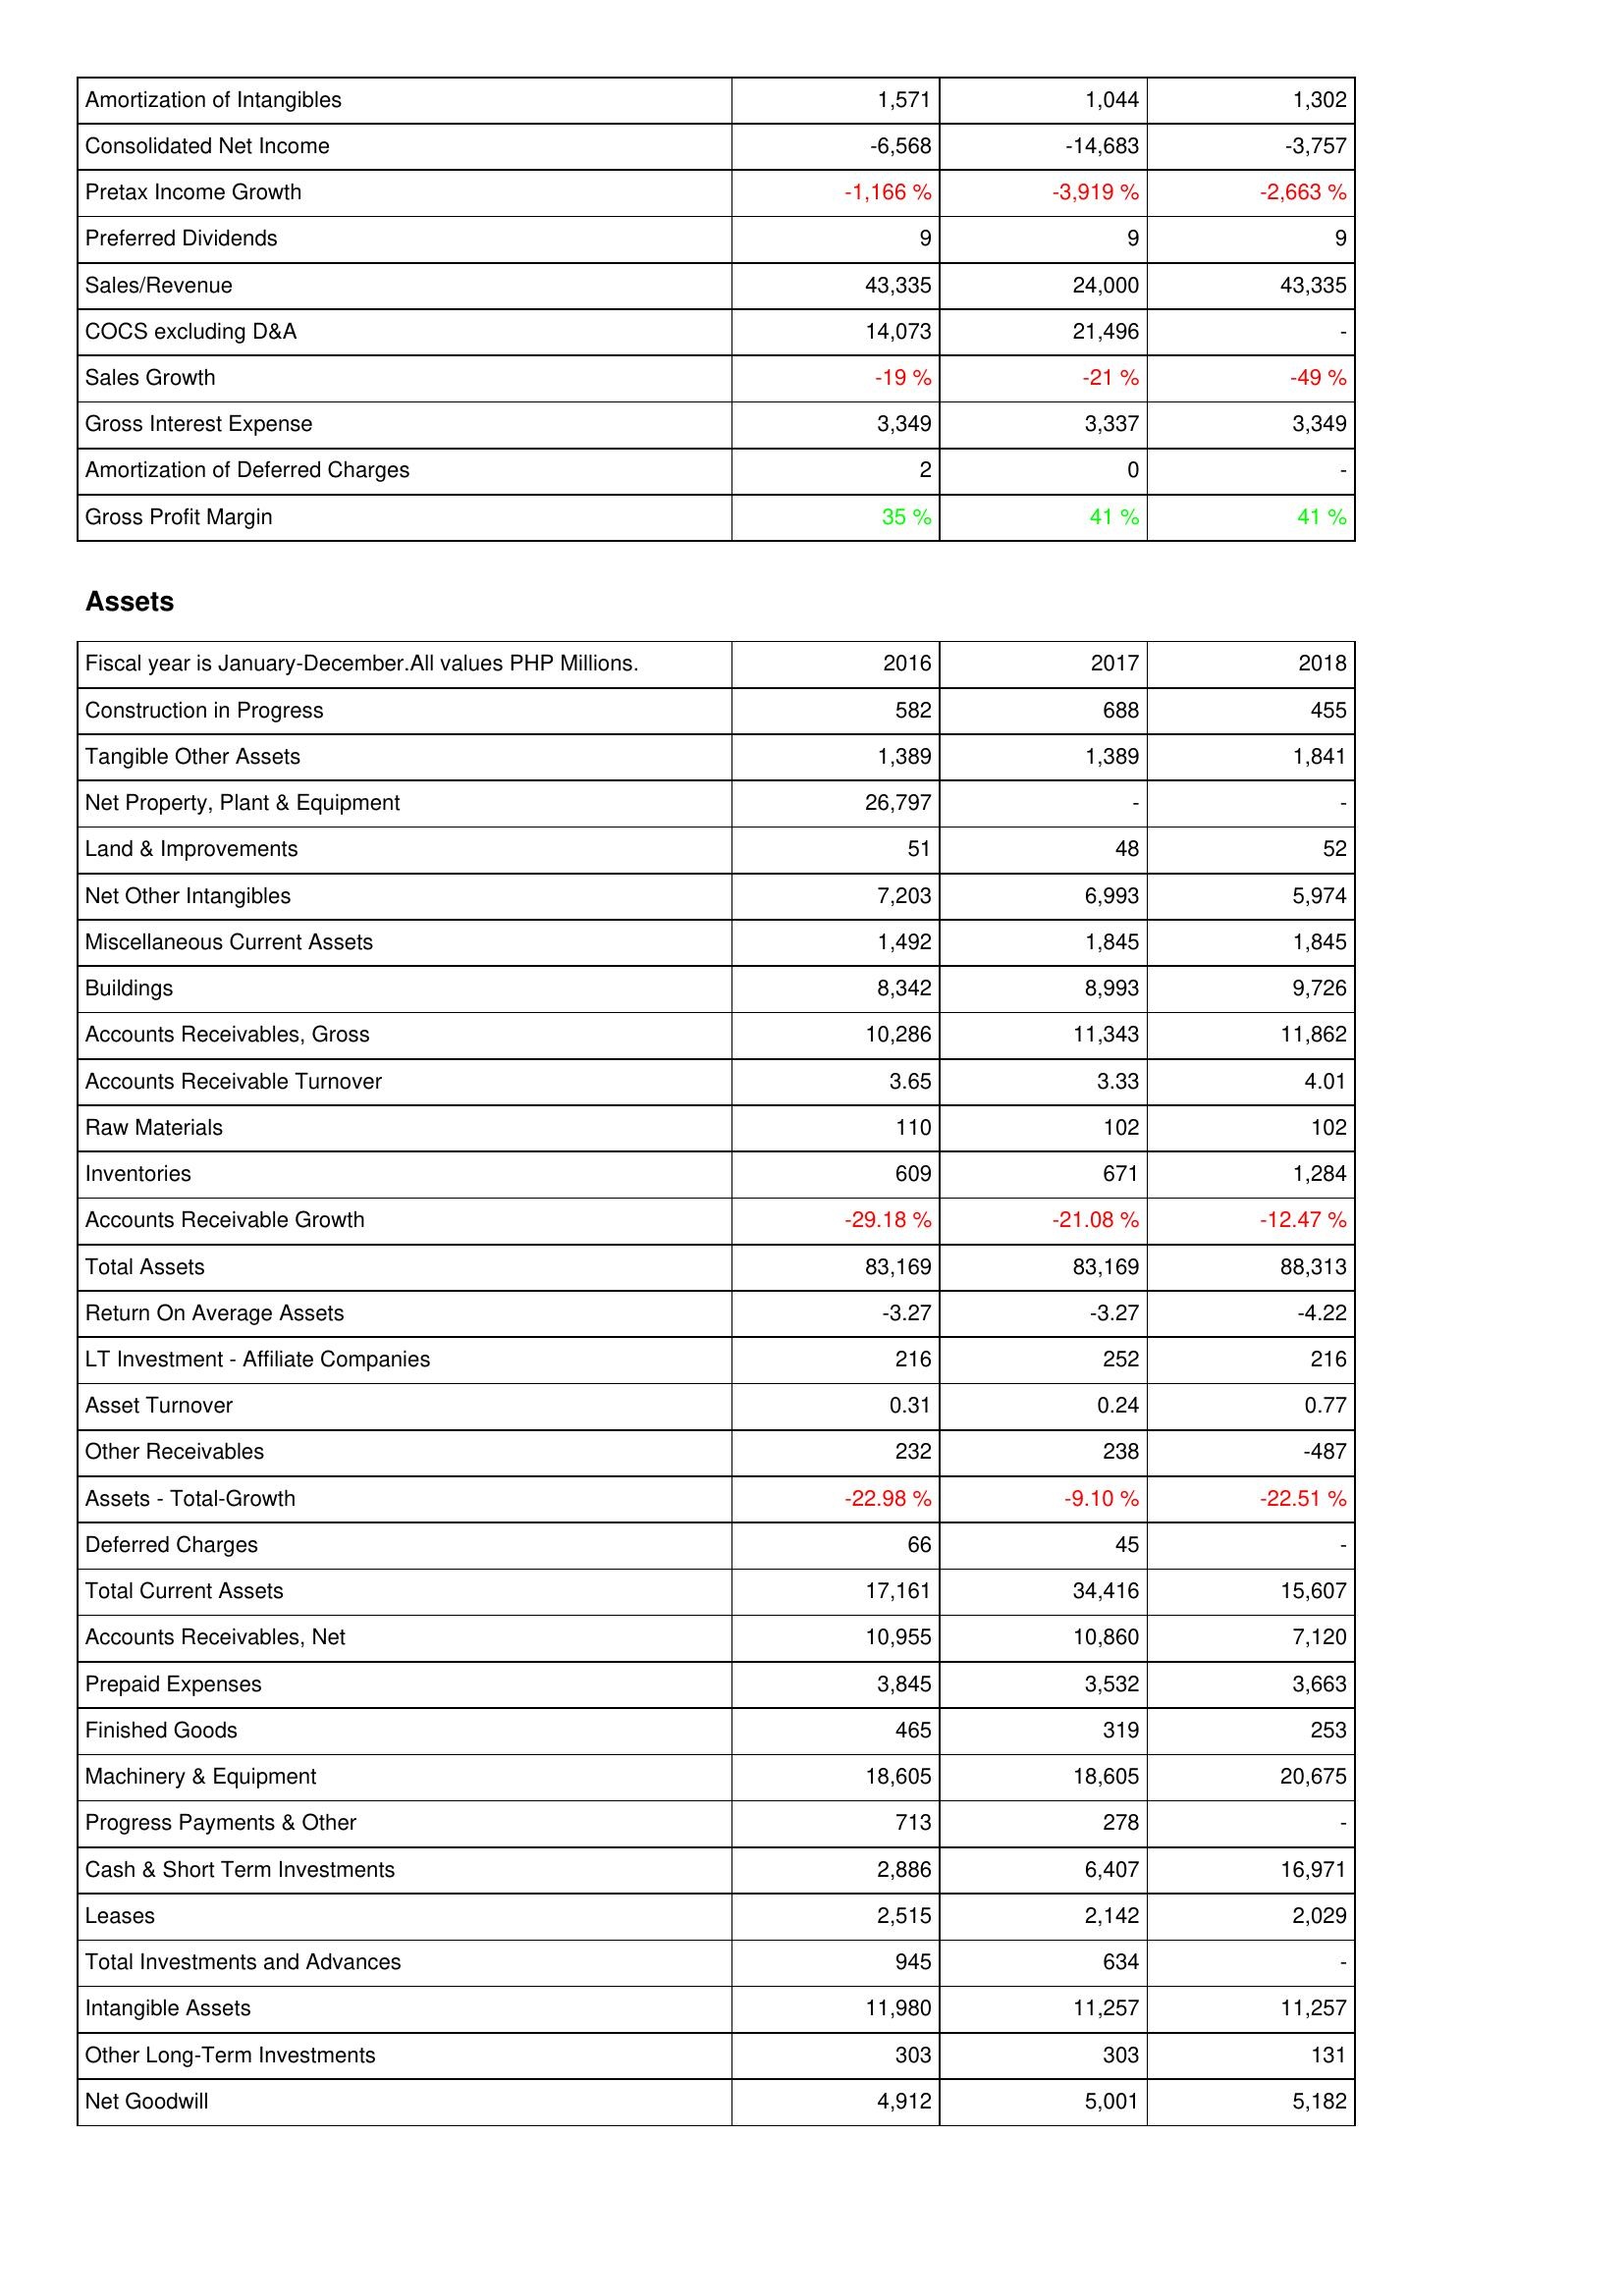
2016: Income Statement: Amortization of Intangibles: 1,571
Consolidated Net Income: -6,568
Pretax Income Growth: -1,166 %
Preferred Dividends: 9
Sales/Revenue: 43,335
COCS excluding D&A: 14,073
Sales Growth: -19 %
Gross Interest Expense: 3,349
Amortization of Deferred Charges: 2
Gross Profit Margin: 35 %
Assets: Construction in Progress: 582
Tangible Other Assets: 1,389
Net Property, Plant & Equipment: 26,797
Land & Improvements: 51
Net Other Intangibles: 7,203
Miscellaneous Current Assets: 1,492
Buildings: 8,342
Accounts Receivables, Gross: 10,286
Accounts Receivable Turnover: 3.65
Raw Materials: 110
Inventories: 609
Accounts Receivable Growth: -29.18 %
Total Assets: 83,169
Return On Average Assets: -3.27
LT Investment - Affiliate Companies: 216
Asset Turnover: 0.31
Other Receivables: 232
Assets - Total-Growth: -22.98 %
Deferred Charges: 66
Total Current Assets: 17,161
Accounts Receivables, Net: 10,955
Prepaid Expenses: 3,845
Finished Goods: 465
Machinery & Equipment: 18,605
Progress Payments & Other: 713
Cash & Short Term Investments: 2,886
Leases: 2,515
Total Investments and Advances: 945
Intangible Assets: 11,980
Other Long-Term Investments: 303
Net Goodwill: 4,912
2017: Income Statement: Amortization of Intangibles: 1,044
Consolidated Net Income: -14,683
Pretax Income Growth: -3,919 %
Preferred Dividends: 9
Sales/Revenue: 24,000
COCS excluding D&A: 21,496
Sales Growth: -21 %
Gross Interest Expense: 3,337
Amortization of Deferred Charges: 0
Gross Profit Margin: 41 %
Assets: Construction in Progress: 688
Tangible Other Assets: 1,389
Net Property, Plant & Equipment: -
Land & Improvements: 48
Net Other Intangibles: 6,993
Miscellaneous Current Assets: 1,845
Buildings: 8,993
Accounts Receivables, Gross: 11,343
Accounts Receivable Turnover: 3.33
Raw Materials: 102
Inventories: 671
Accounts Receivable Growth: -21.08 %
Total Assets: 83,169
Return On Average Assets: -3.27
LT Investment - Affiliate Companies: 252
Asset Turnover: 0.24
Other Receivables: 238
Assets - Total-Growth: -9.10 %
Deferred Charges: 45
Total Current Assets: 34,416
Accounts Receivables, Net: 10,860
Prepaid Expenses: 3,532
Finished Goods: 319
Machinery & Equipment: 18,605
Progress Payments & Other: 278
Cash & Short Term Investments: 6,407
Leases: 2,142
Total Investments and Advances: 634
Intangible Assets: 11,257
Other Long-Term Investments: 303
Net Goodwill: 5,001
2018: Income Statement: Amortization of Intangibles: 1,302
Consolidated Net Income: -3,757
Pretax Income Growth: -2,663 %
Preferred Dividends: 9
Sales/Revenue: 43,335
COCS excluding D&A: -
Sales Growth: -49 %
Gross Interest Expense: 3,349
Amortization of Deferred Charges: -
Gross Profit Margin: 41 %
Assets: Construction in Progress: 455
Tangible Other Assets: 1,841
Net Property, Plant & Equipment: -
Land & Improvements: 52
Net Other Intangibles: 5,974
Miscellaneous Current Assets: 1,845
Buildings: 9,726
Accounts Receivables, Gross: 11,862
Accounts Receivable Turnover: 4.01
Raw Materials: 102
Inventories: 1,284
Accounts Receivable Growth: -12.47 %
Total Assets: 88,313
Return On Average Assets: -4.22
LT Investment - Affiliate Companies: 216
Asset Turnover: 0.77
Other Receivables: -487
Assets - Total-Growth: -22.51 %
Deferred Charges: -
Total Current Assets: 15,607
Accounts Receivables, Net: 7,120
Prepaid Expenses: 3,663
Finished Goods: 253
Machinery & Equipment: 20,675
Progress Payments & Other: -
Cash & Short Term Investments: 16,971
Leases: 2,029
Total Investments and Advances: -
Intangible Assets: 11,257
Other Long-Term Investments: 131
Net Goodwill: 5,182